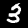
Digit: 3